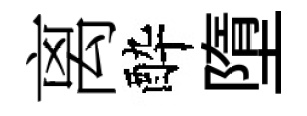
离酔墮